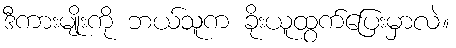
ဒီကားမျိုးကို ဘယ်သူက ခိုးယူထွက်ပြေးမှာလဲ။